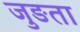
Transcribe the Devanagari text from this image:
जुङता